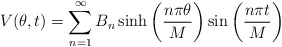
\begin{align*}\begin{aligned}V(\theta,t)= \sum_{n=1}^{\infty}B_n \sinh\left(\frac{n\pi\theta}{M}\right)\sin\left(\frac{n\pi t}{M}\right)\\\end{aligned}\end{align*}